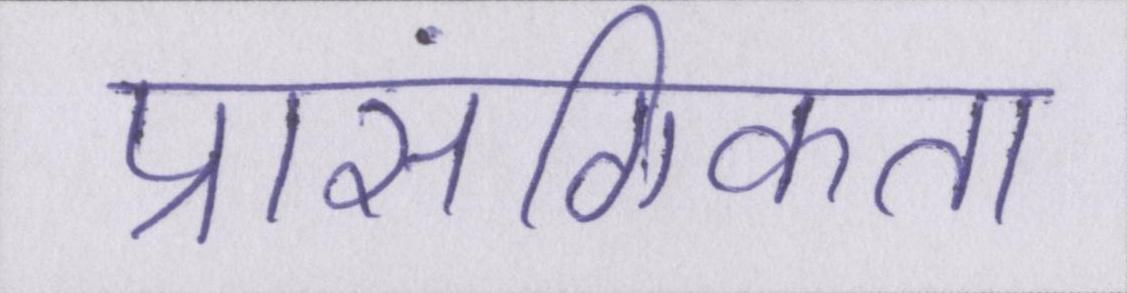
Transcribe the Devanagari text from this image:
प्रासंगिकता